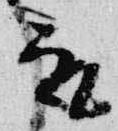
取